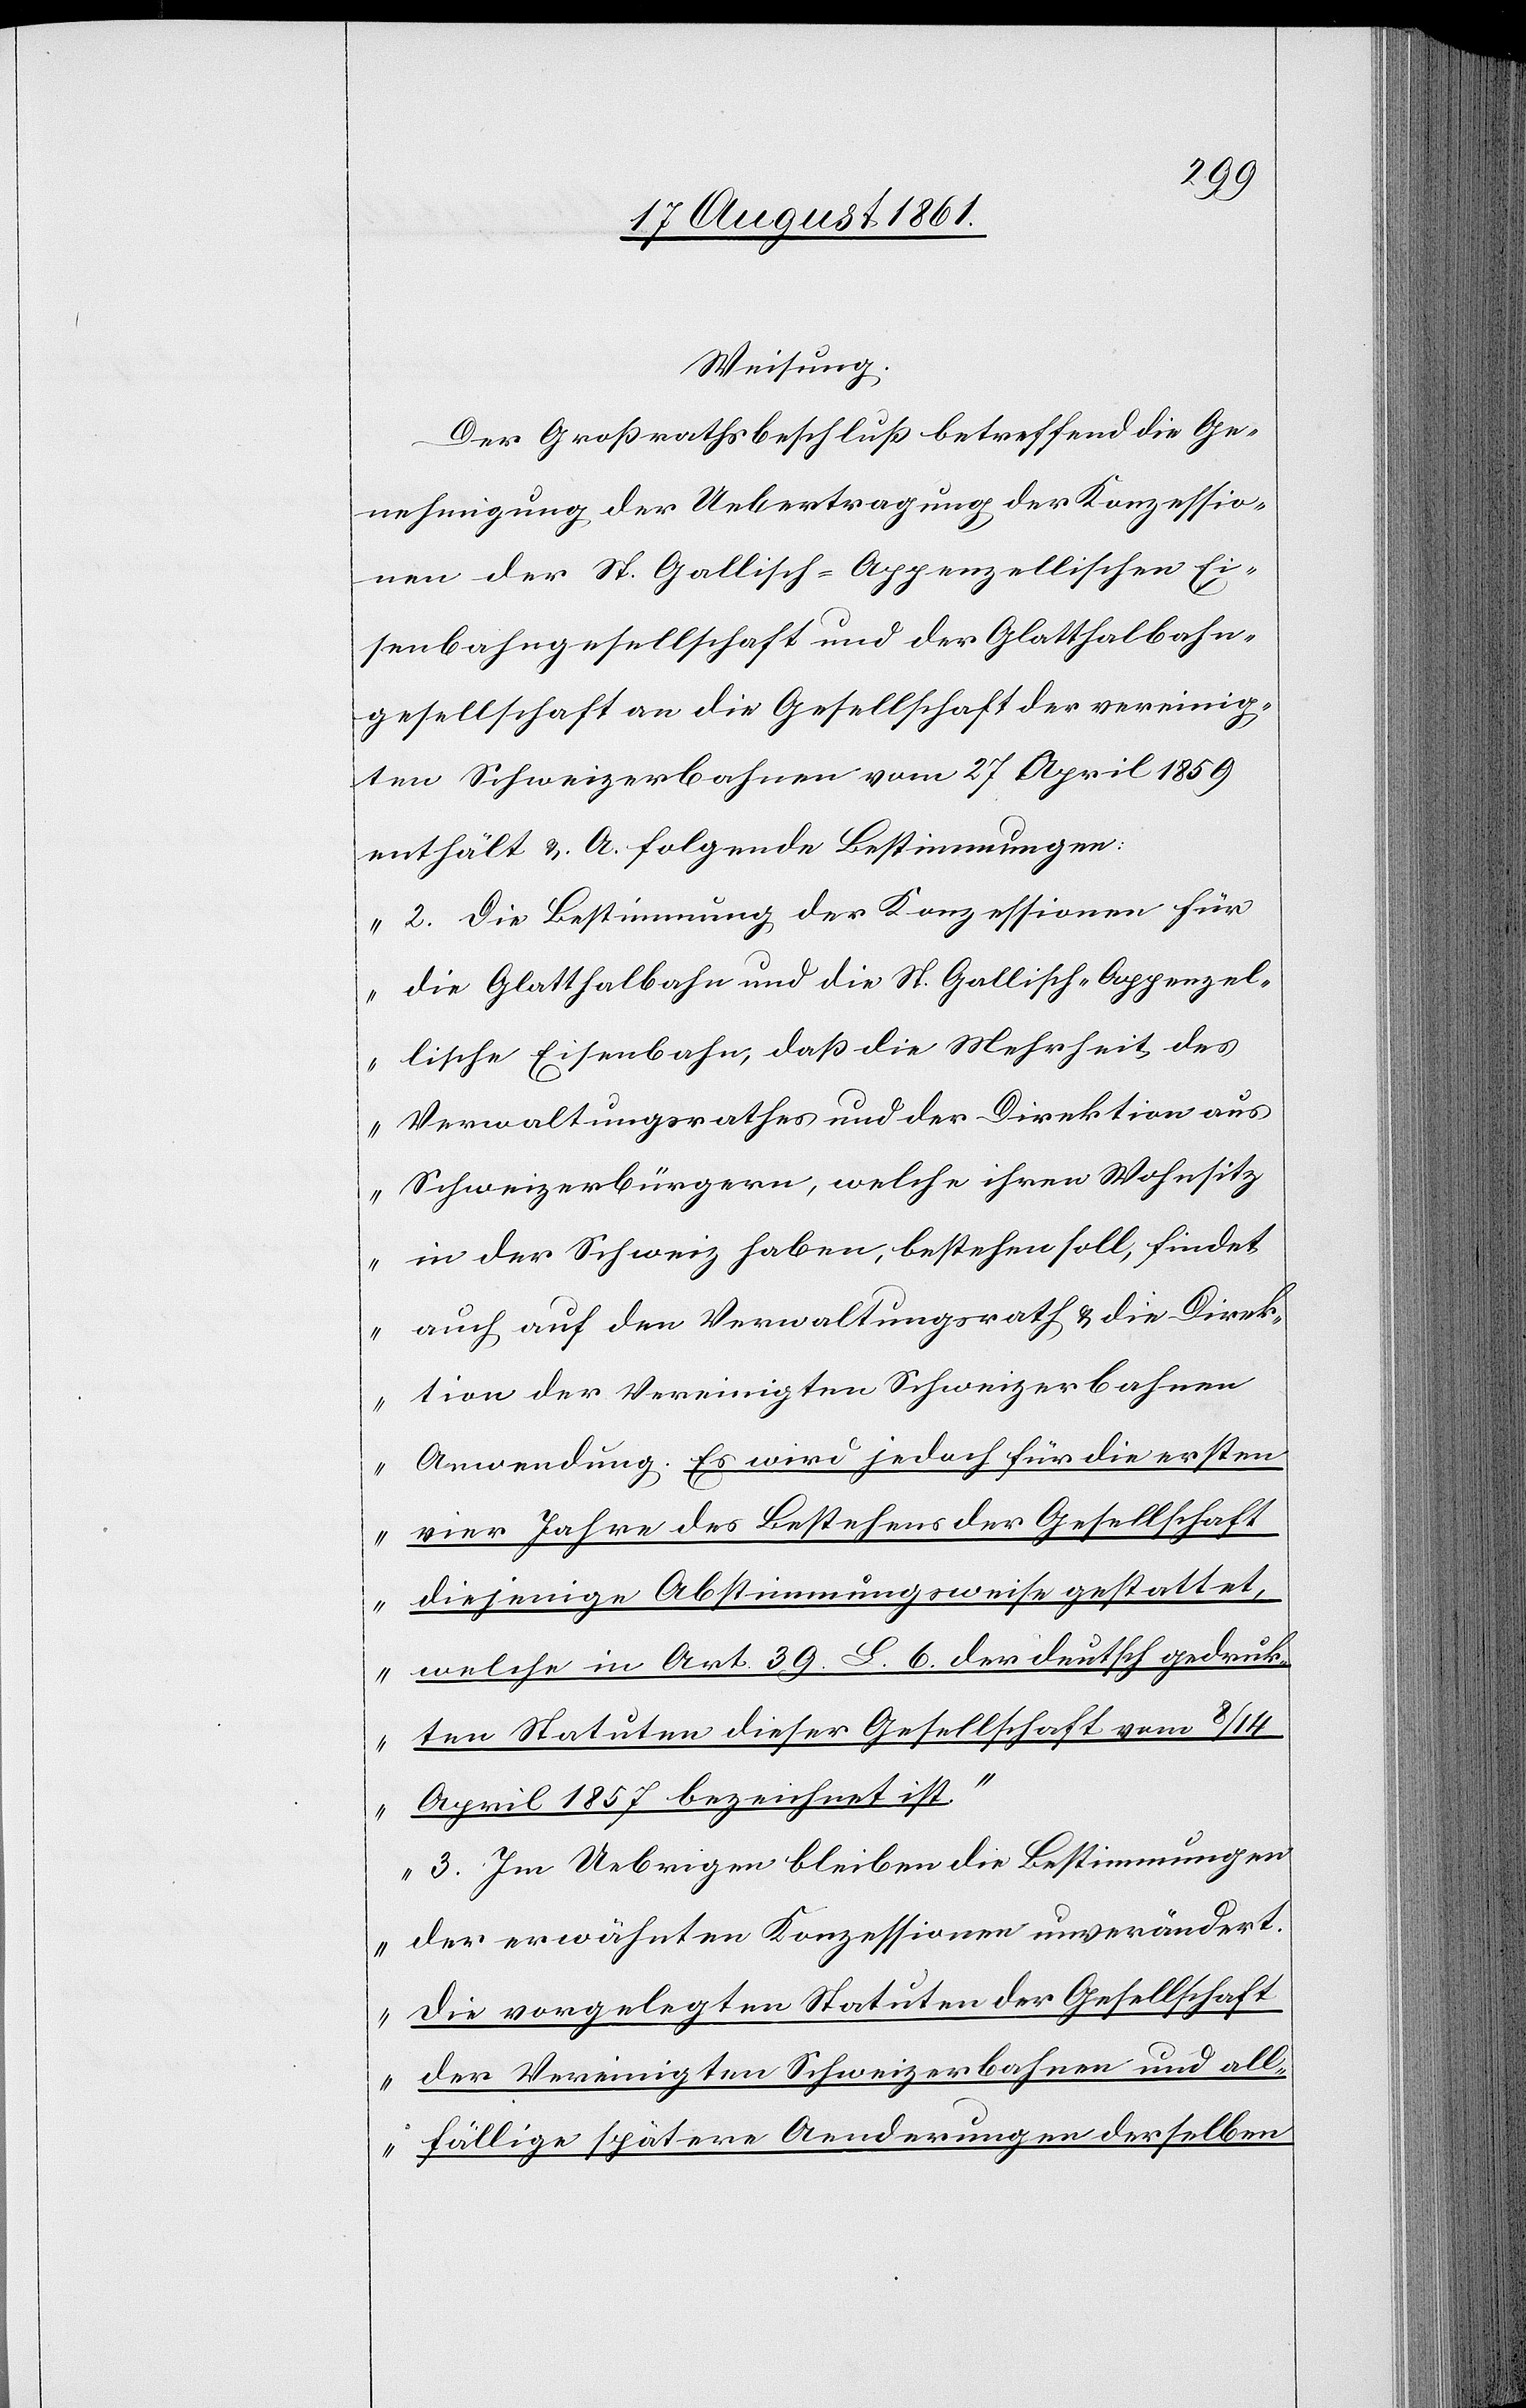
Weisung:
Der Großrathsbeschluß betreffend die Ge¬
nehmigung der Uebertragung der Konzessio¬
nen der St. Gallisch-Appenzellischen Ei¬
senbahngesellschaft und der Glattbahn¬
gesellschaft an die Gesellschaft der vereinig¬
ten Schweizerbahnen vom 27 April 1859
enthät u. A. folgende Bestimmungen:
„2. Die Bestimmung der Konzessionen für
die Glatthalbahn und die St. Gallisch-Appenzel¬
lische Eisenbahn, daß die Mehrheit des
Verwaltungsrathes und der Direktion aus
Schweizerbürgern, welche ihren Wohnsitz
in der Schweiz haben, bestehen soll, findet
auch auf den Verwaltungsrath, u. die Direk¬
tion der Vereinigten Schweizerbahnen
Anwendung. Es wird jedoch für die ersten
vier Jahre des Bestehens der Gesellschaft
diejenige Abstimmungsweise gestattet,
welche in Art. 39. L. 6 der deutsch gedruck¬
ten Statuten dieser Gesellschaft vom 8/14
April 1857 bezeichnet ist.
3. Im Uebrigen bleiben die Bestimmungen
der erwähnten Konzession unverändert.
Die vorgelegten Statuten der Gesellschaft
der Vereinigten Schweizerbahnen und all¬
fällige spätere Aenderungen derselben